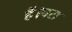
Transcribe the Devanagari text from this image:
हैं।परा